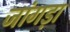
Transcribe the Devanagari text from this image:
जांगड़ा